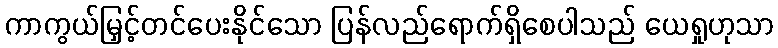
ကာကွယ်မြှင့်တင်ပေးနိုင်သော ပြန်လည်ရောက်ရှိစေပါသည် ယေရှုဟုသာ